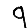
Digit: 9